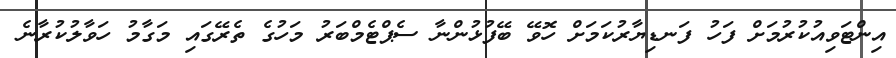
އިންޓަވިއުކުރުމަށް ފަހު ފަނޑިޔާރުކަމަށް ހޮވޭ ބޭފުޅުންނާ ސެޕްޓެމްބަރު މަހުގެ ތެރޭގައި މަގާމު ހަވާލުކުރާނެ